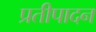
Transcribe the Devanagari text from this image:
प्रतीपादन